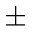
\pm